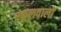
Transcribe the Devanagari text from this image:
स्कूलवालों